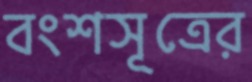
বংশসূত্রের